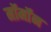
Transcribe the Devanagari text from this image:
मॉर्मॉन